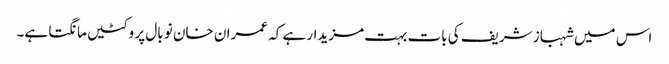
اس میں شہباز شریف کی بات بہت مزیدار ہے کہ عمران خان نو بال پر وکٹیں مانگتا ہے۔